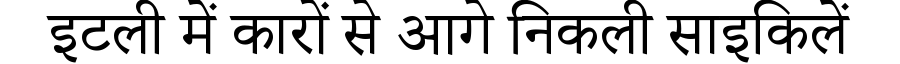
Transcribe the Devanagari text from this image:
इटली में कारों से आगे निकली साइकिलें